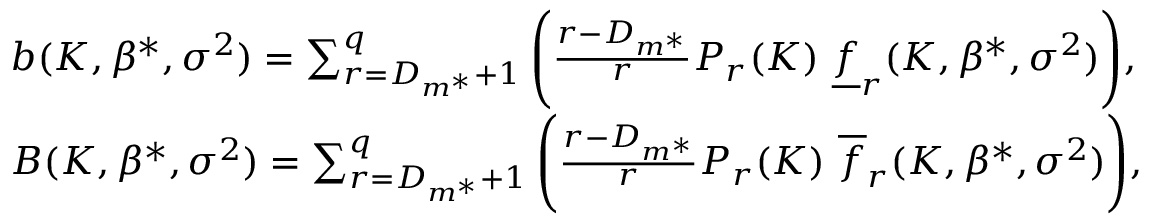
\begin{array} { r l } & { b ( K , \beta ^ { * } , \sigma ^ { 2 } ) = \sum _ { r = D _ { m ^ { * } } + 1 } ^ { q } \Bigg ( \frac { r - D _ { m ^ { * } } } { r } P _ { r } ( K ) \ \underline { { f } } _ { r } ( K , \beta ^ { * } , \sigma ^ { 2 } ) \Bigg ) , } \\ & { B ( K , \beta ^ { * } , \sigma ^ { 2 } ) = \sum _ { r = D _ { m ^ { * } } + 1 } ^ { q } \Bigg ( \frac { r - D _ { m ^ { * } } } { r } P _ { r } ( K ) \ \overline { { f } } _ { r } ( K , \beta ^ { * } , \sigma ^ { 2 } ) \Bigg ) , } \end{array}